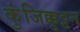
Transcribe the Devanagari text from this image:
कुंजिक्कुट्टन